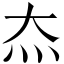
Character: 𬉵